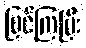
မြင်ကြပြီး